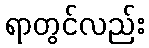
ရာတွင်လည်း